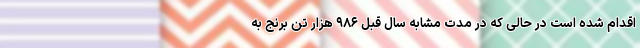
اقدام شده است در حالی که در مدت مشابه سال قبل ۹۸۶ هزار تن برنج به